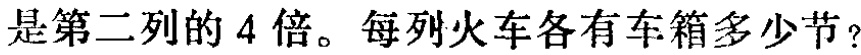
是第二列的 4 倍。每列火车各有车箱多少节？